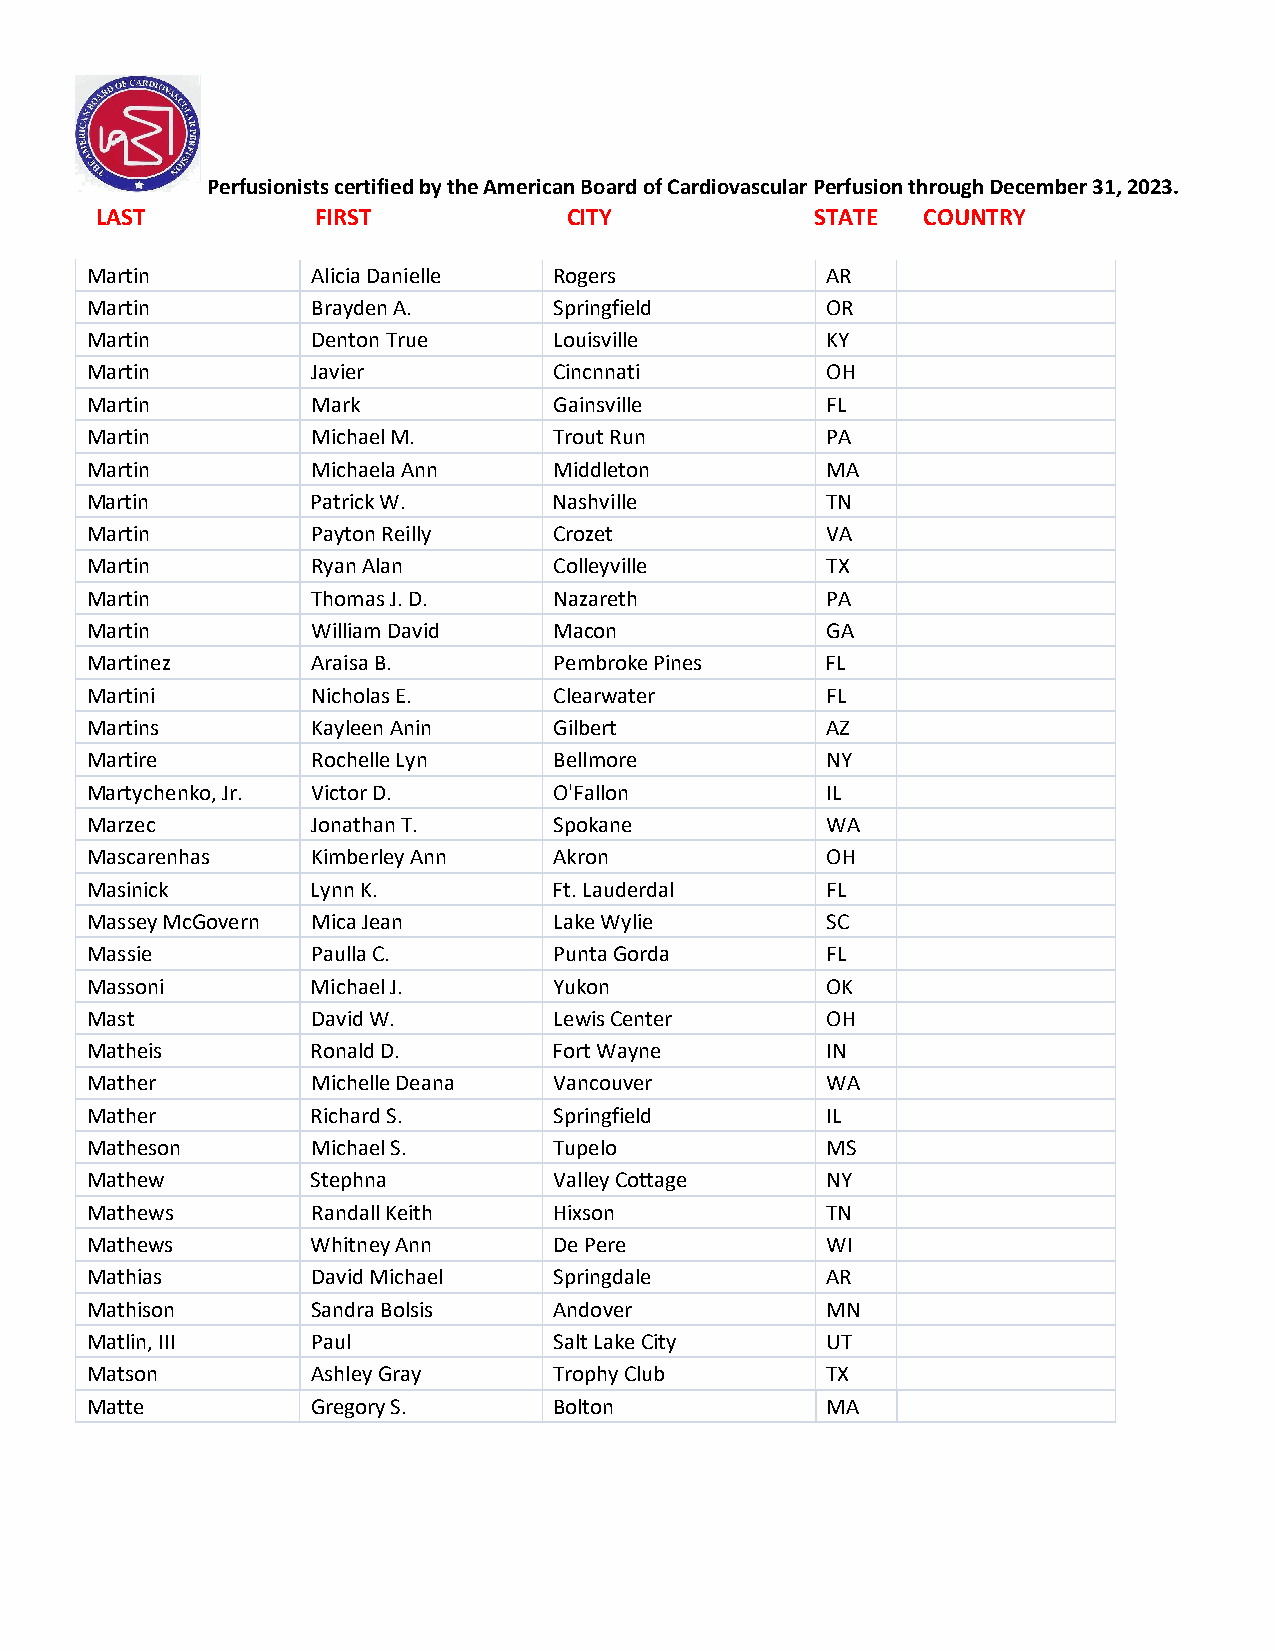
Perfusionists certified by the American Board of Cardiovascular Perfusion through December 31, 2023.
 LAST           FIRST            CITY            STATE  COUNTRY
 Martin         Alicia Danielle Rogers            AR
 Martin         Brayden A.      Springfield       OR
 Martin         Denton True     Louisville        KY
 Martin         Javier          Cincnnati         OH
 Martin         Mark            Gainsville        FL
 Martin         Michael M.      Trout Run         PA
 Martin         Michaela Ann    Middleton         MA
 Martin         Patrick W.      Nashville         TN
 Martin         Payton Reilly   Crozet            VA
 Martin         Ryan Alan       Colleyville       TX
 Martin         Thomas J. D.    Nazareth          PA
 Martin         William David   Macon             GA
 Martinez       Araisa B.       Pembroke Pines    FL
 Martini        Nicholas E.     Clearwater        FL
 Martins        Kayleen Anin    Gilbert           AZ
 Martire        Rochelle Lyn    Bellmore          NY
 Martychenko, Jr. Victor D.     O'Fallon          IL
 Marzec         Jonathan T.     Spokane           WA
 Mascarenhas    Kimberley Ann   Akron             OH
 Masinick       Lynn K.         Ft. Lauderdal     FL
 Massey McGovern Mica Jean      Lake Wylie        SC
 Massie         Paulla C.       Punta Gorda       FL
 Massoni        Michael J.      Yukon             OK
 Mast           David W.        Lewis Center      OH
 Matheis        Ronald D.       Fort Wayne        IN
 Mather         Michelle Deana  Vancouver         WA
 Mather         Richard S.      Springfield       IL
 Matheson       Michael S.      Tupelo            MS
 Mathew         Stephna         Valley Cottage    NY
 Mathews        Randall Keith   Hixson            TN
 Mathews        Whitney Ann     De Pere           WI
 Mathias        David Michael   Springdale        AR
 Mathison       Sandra Bolsis   Andover           MN
 Matlin, III    Paul            Salt Lake City    UT
 Matson         Ashley Gray     Trophy Club       TX
 Matte          Gregory S.      Bolton            MA